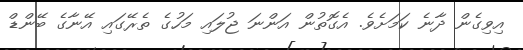
އިވިގެން ދާނެ ކަމަށެވެ. އެގޮތުން އަންނަ ޖުލައި މަހުގެ ތެރޭގައި އޭނާގެ ބޭންޑް